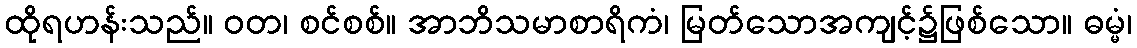
ထိုရဟန်းသည်။ ဝတ၊ စင်စစ်။ အာဘိသမာစာရိကံ၊ မြတ်သောအကျင့်၌ဖြစ်သော။ ဓမ္မံ၊